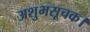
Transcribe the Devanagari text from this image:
अशुभसूचक।